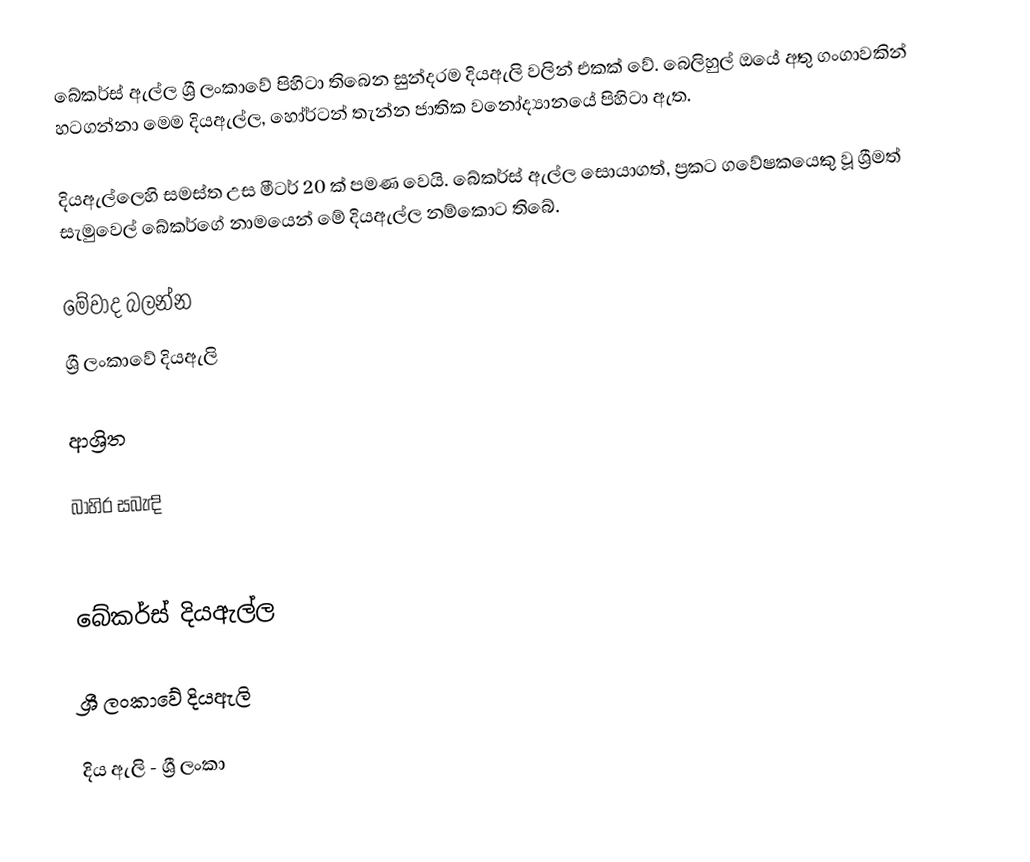
බේකර්ස් ඇල්ල ශ්‍රී ලංකාවේ පිහිටා තිබෙන සුන්දරම දියඇලි වලින් එකක් වේ. බෙලිහුල් ඔයේ අතු ගංගාවකින් හටගන්නා මෙම දියඇල්ල, හෝර්ටන් තැන්න ජාතික වනෝද්‍යානයේ පිහිටා ඇත.

දියඇල්ලෙහි සමස්ත උස මීටර් 20 ක් පමණ වෙයි. බේකර්ස් ඇල්ල සොයාගත්, ප්‍රකට ගවේෂකයෙකු වූ ශ්‍රීමත් සැමුවෙල් බේකර්ගේ නාමයෙන් මේ දියඇල්ල නම්කොට තිබේ.

මේවාද බලන්න
 ශ්‍රී ලංකාවේ දියඇලි

ආශ්‍රිත

බාහිර සබැඳි

 බේකර්ස් දියඇල්ල

 ශ්‍රී ලංකාවේ දියඇලි

දිය ඇලි - ශ්‍රී ලංකා